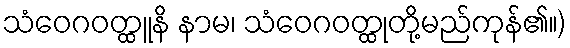
သံဝေဂဝတ္ထူနိ နာမ၊ သံဝေဂဝတ္ထုတို့မည်ကုန်၏။)